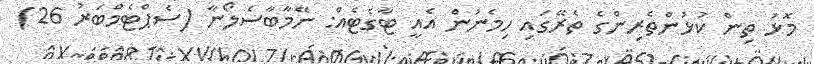
މޮޅު ތިން ކުޅުންތެރިންގެ ތެރޭގައި ހިމެނުން އެއީ ޓާގެޓެއް: ނޭމާބާސެލޯނާ (ސެޕްޓެމްބަރު 26)